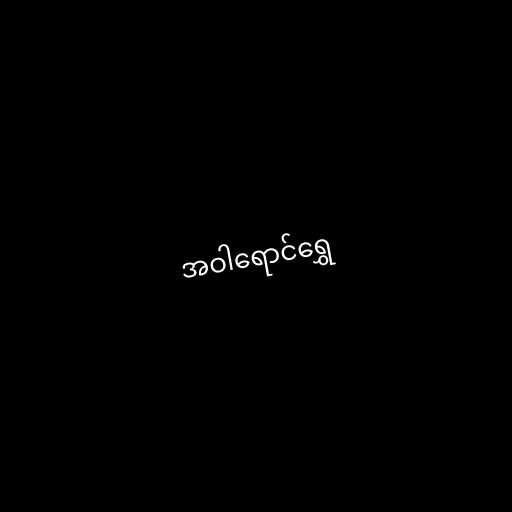
အဝါရောင်ရွှေ